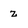
Character: z